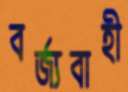
বর্জ্যবাহী